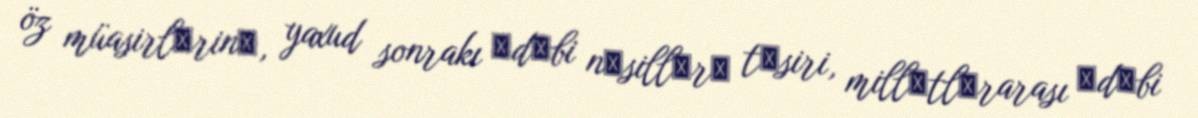
öz müasirlәrinә, yaxud sonrakı әdәbi nәsillәrә tәsiri, millәtlәrarası әdәbi